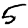
Digit: 5